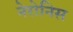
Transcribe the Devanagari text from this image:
नेरोनिस